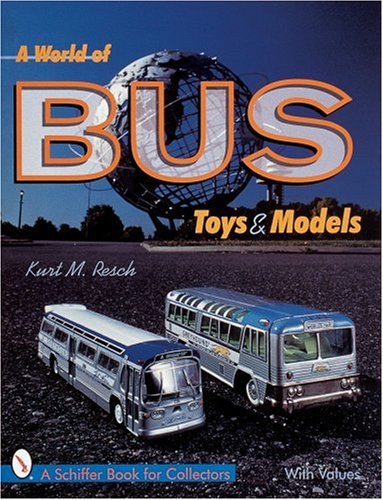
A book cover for A World of Bus Toys and Models (A Schiffer Book for Collectors); Kurt M. Resch; Crafts, Hobbies & Home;